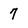
Character: 7